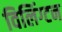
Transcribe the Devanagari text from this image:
विलिंग्‍टन